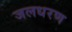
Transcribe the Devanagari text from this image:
जलधरण